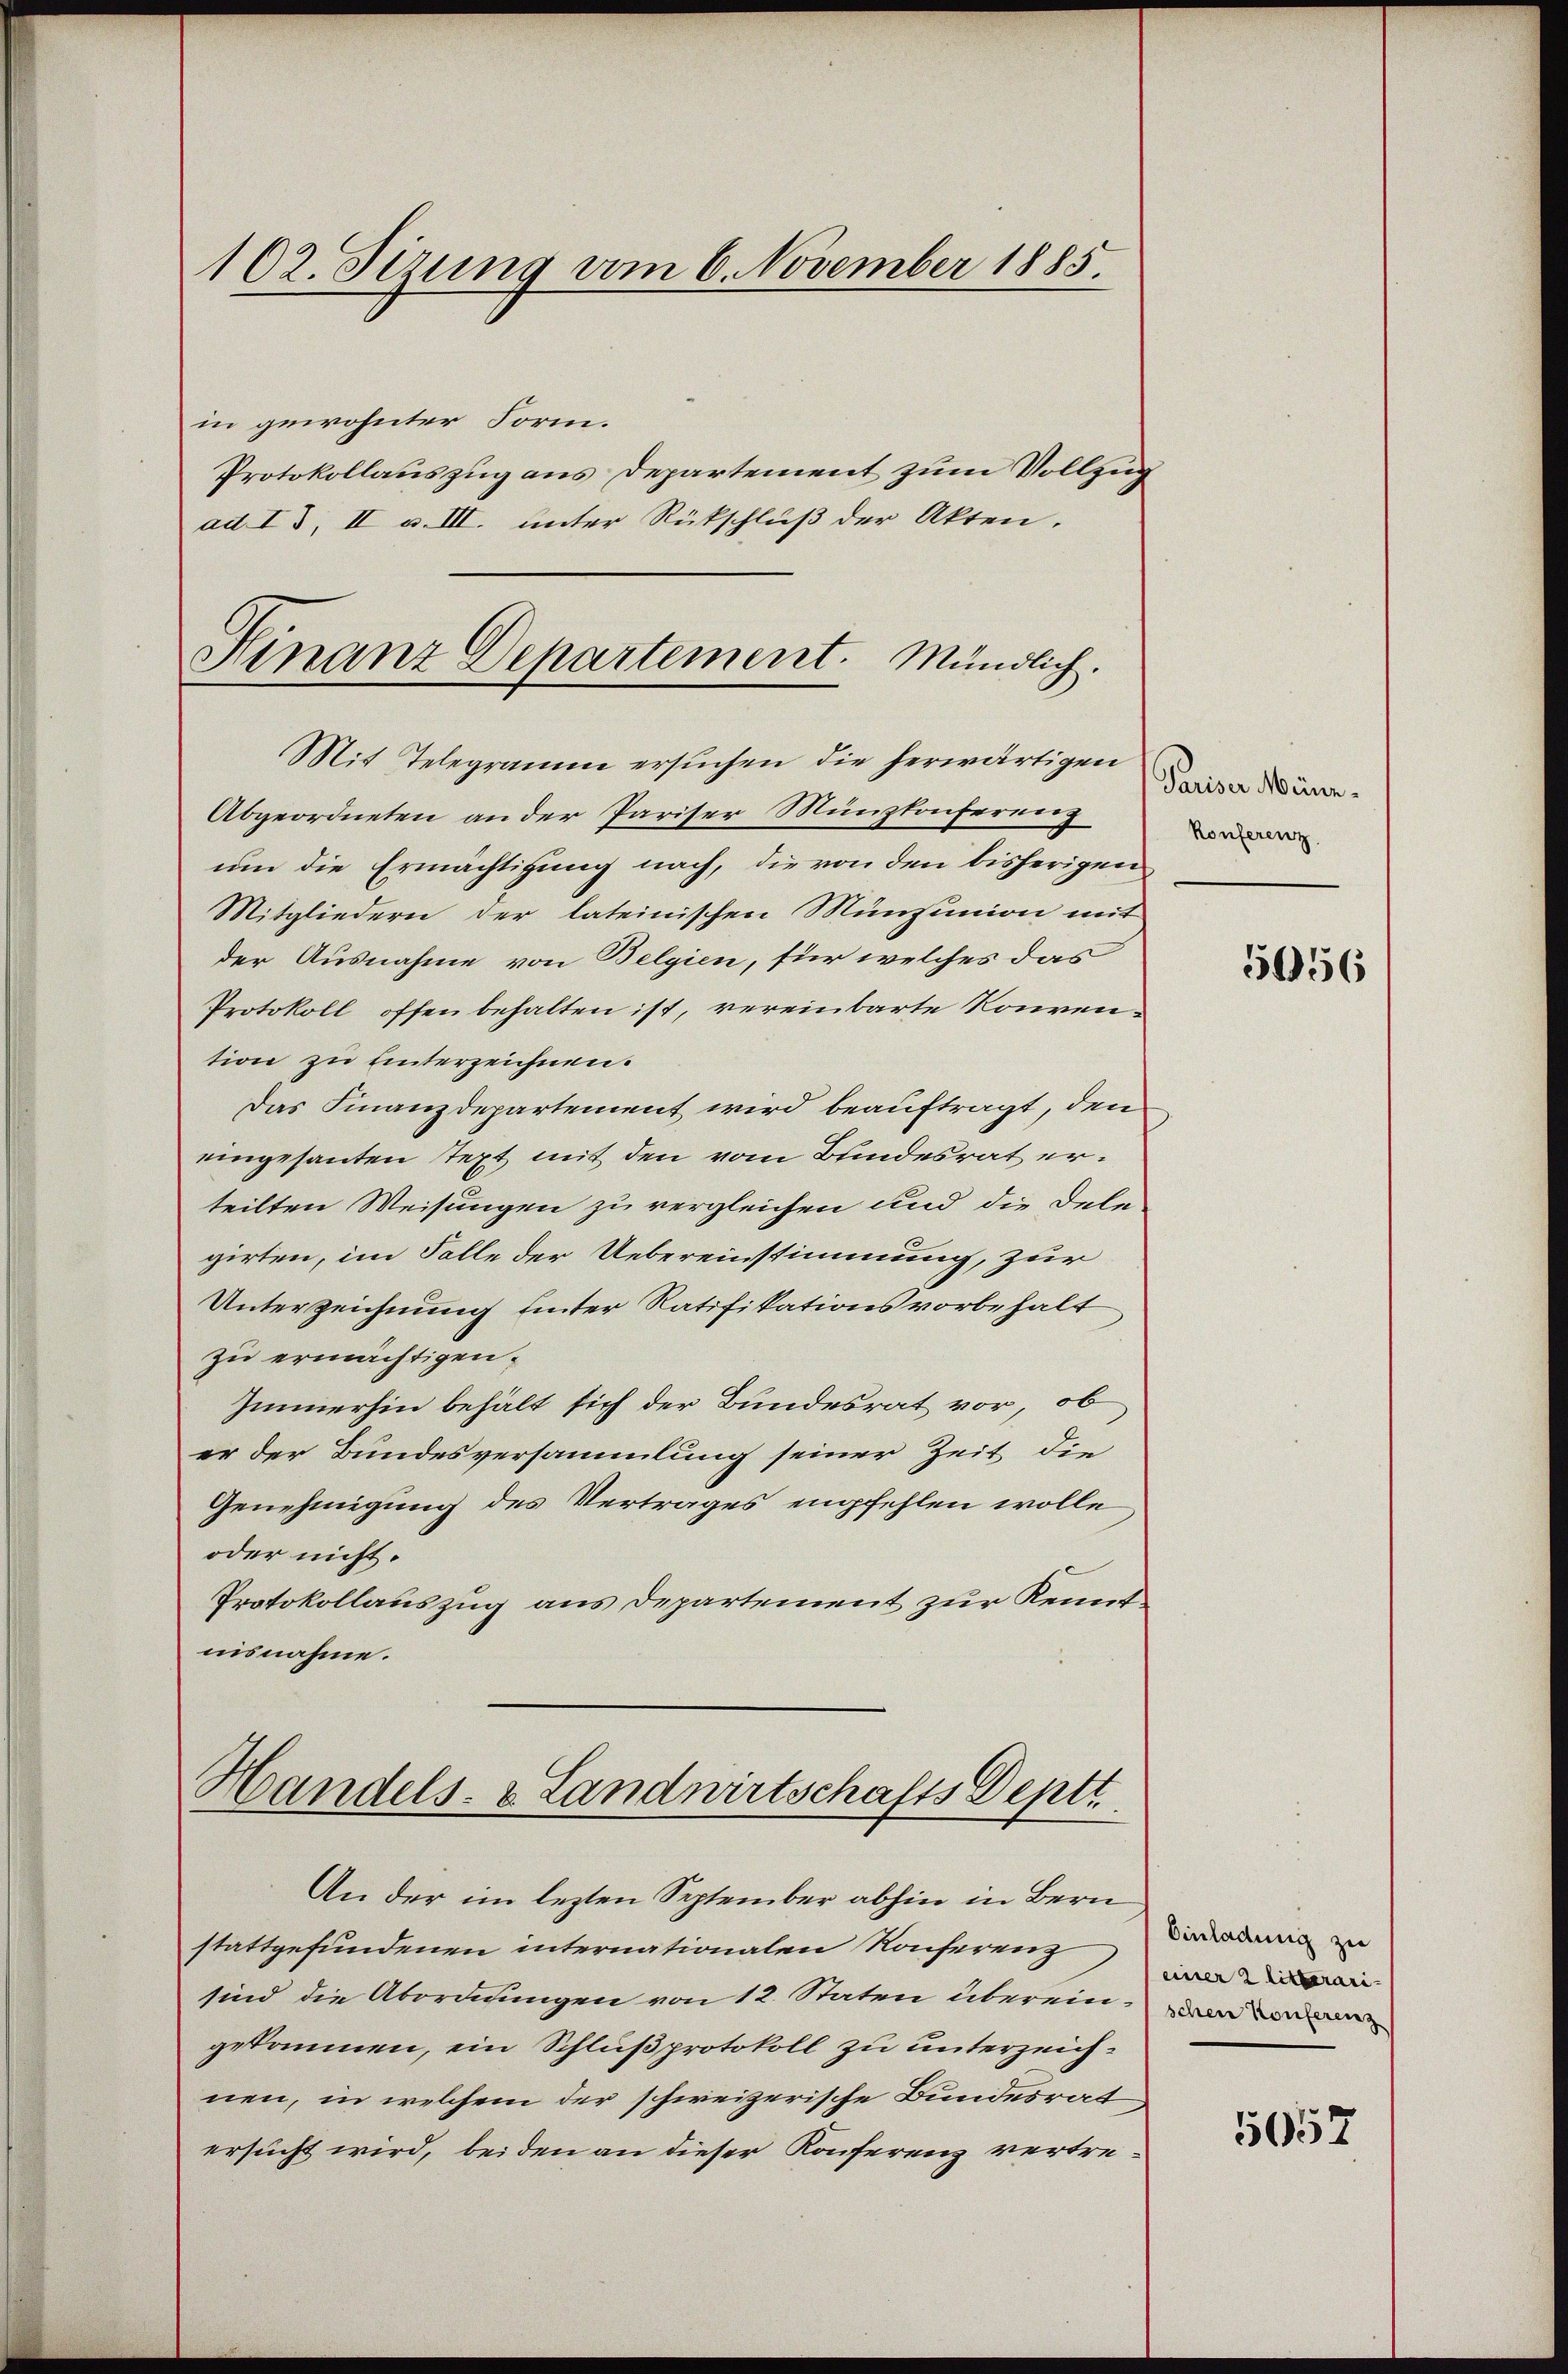
in gewohnter Form.
Protokollauszug aus Departement zum Vollzug
ad II, II v. III. unter Rückschluß der Akten.
Abgeordneten an der Pariser Münzkonferenz
um die Ermächtigung nach, die von den bisherigen
Mitgliedern der lateinischen Münzunion mit
der Ausnahme von Belgien, für welches das
Protokoll offen behalten ist, vereinbarte Konvention zu hinterzeichnen.
Das Finanzdepartement wird beauftragt, den
eingesanten Text mit den vom Bundesrat erteilten Weisungen zu vergleichen und die Delegirten, im Falle der Uebereinstimmung, zur
Unterzeichnung unter Ratifikationsvorbehalt
zu ermächtigen.
Immerhin behält sich der Bundesrat vor, ob
er der Bundesversammlung seiner Zeit die
Genehmigung des Vertrages empfehlen wolle
oder nicht.
Protokollauszug aus Departement zur Kenntnisnahme.

102. Sizung vom 6. November 1885.

Hinanz Departement. Mündlich.
Mit Telegramm ersuchen die herwärtigen

Handels- & Landwirtschafts Deptt.
An der im lezten September abhin in Bern

stattgefundenen internationalen Konferenz darung zu
sind die Abordnungen von 12. Staten übereinde von
gekommen, ein Schlußprotokoll zu unterzeichnen, in welchem der schweizerische Bundesrat
ersucht wird, beiden an dieser Konferenz vertre¬

Pariser Münz¬
Konferenz

51956

einer 2 litterari¬

5057